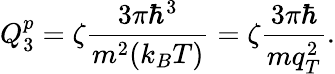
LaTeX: Q_{3}^{p}=\zeta\frac{3\pi\hbar^{3}}{m^{2}(k_{B}T)}=\zeta\frac{3\pi\hbar}{mq_{T}^{2}}.